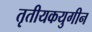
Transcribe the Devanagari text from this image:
तृतीयकयुगीन